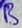
Text: B